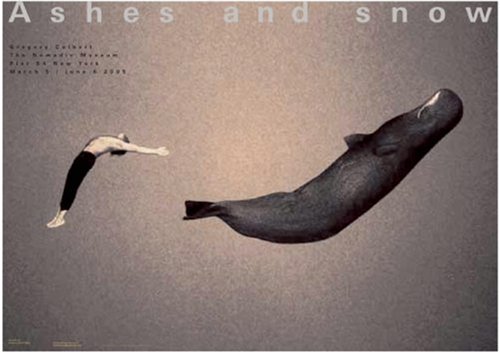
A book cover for Gregory swimming with whale New York exhibition (giant poster) (Ashes and Snow Posters); Crafts, Hobbies & Home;